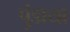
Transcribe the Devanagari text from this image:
पुंडाया